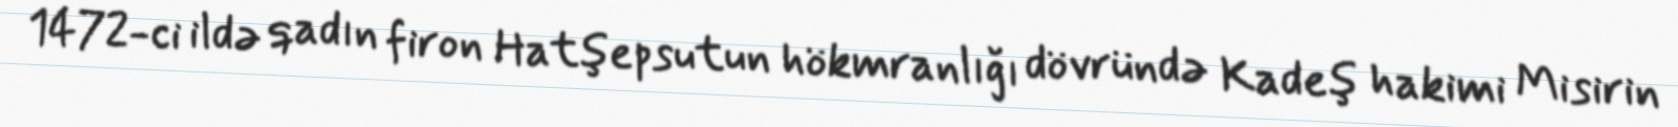
1472-ci ildə qadın firon Hatşepsutun hökmranlığı dövründə Kadeş hakimi Misirin